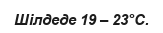
Шілдеде 19 – 23°С.